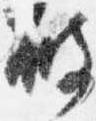
破